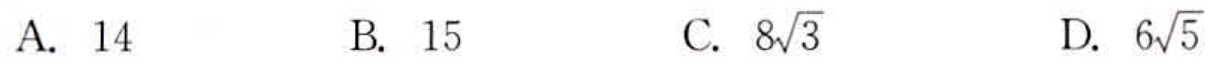
A. \(14\)  B. \(15\)  C. \(8\sqrt{3}\)  D. \(6\sqrt{5}\)